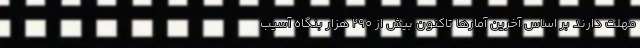
مهلت دارند بر اساس آخرین آمارها تاکنون بیش از ۲۹۰ هزار بنگاه آسیب